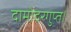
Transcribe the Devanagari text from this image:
दामोदरगुप्त।